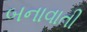
બનાવાતી